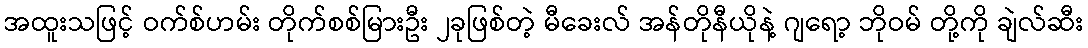
အထူးသဖြင့် ဝက်စ်ဟမ်း တိုက်စစ်မြားဦး ၂ခုဖြစ်တဲ့ မီခေးလ် အန်တိုနီယိုနဲ့ ဂျရော့ ဘိုဝမ် တို့ကို ချဲလ်ဆီး